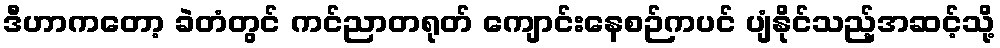
ဒီဟာကတော့ ခဲတံတွင် ကင်ညာတရုတ် ကျောင်းနေစဉ်ကပင် ပျံနိုင်သည့်အဆင့်သို့